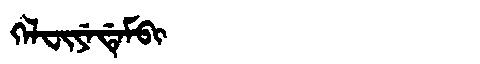
Manchu: ᡴᡝᠯᠸᡳᠶᡝᡩᡝᠮᠪᡳ
Romanization: KELFIYEDEMBI